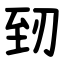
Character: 䑒